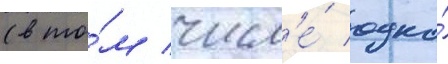
(в то́м числ'е́ одно́